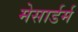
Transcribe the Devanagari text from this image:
मेसार्डर्म